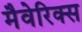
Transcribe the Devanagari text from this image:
मैवेरिक्स